Lunatic asylums Central Provinces reports 1895-1909 - 1895-1909
Year: 1895
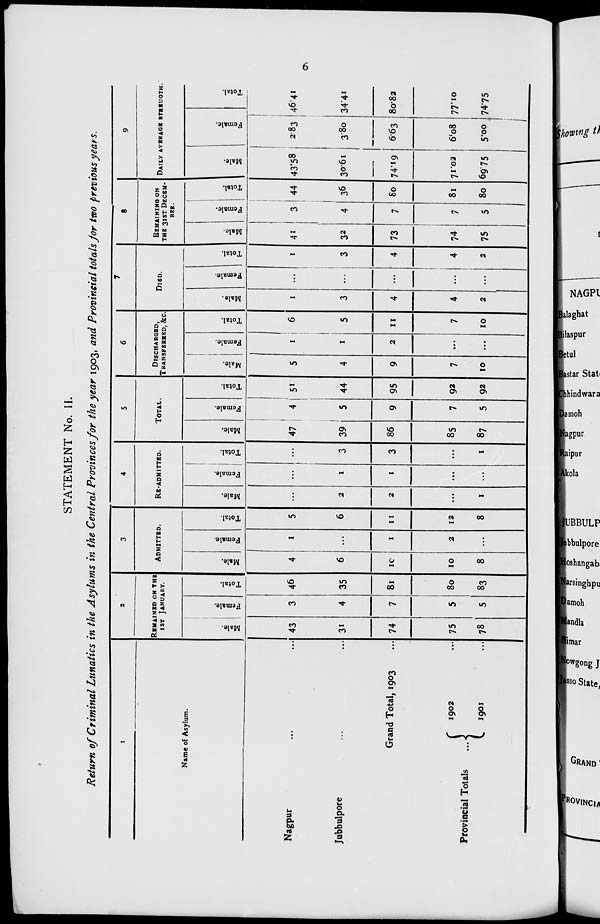
6
STATEMENT No. II.
Return of Criminal Lunatics in the Asylums in the Central Provinces for the year 1903, and Provincial totals for two previous years.
1
Name of Asylum.
Nagpur ... ...
Jubbulpore ... ...
Grand Total, 1903 ...
Provincial Totals
1902 ...
1901 ...
2
REMAINED ON THE
1ST JANUARY.
Male.
43
31
74
75
78
Female.
3
4
7
5
5
Total.
46
35
81
80
83
3
ADMITTED.
Male.
4
6
10
10
8
Female.
1
...
1
2
...
Total.
5
6
11
12
8
4
RE-ADMITTED.
Male.
...
2
2
...
1
Female.
...
1
1
...
...
Total.
...
3
3
...
1
5
TOTAL.
Male.
47
39
86
85
87
Female.
4
5
9
7
5
Total.
51
44
95
92
92
6
DISCHARGED,
TRANSFERRED, &c.
Male.
5
4
9
7
10
Female.
1
1
2
...
...
Total.
6
5
11
7
10
7
DIED.
Male.
1
3
4
4
2
Female.
...
...
...
...
...
Total.
1
3
4
4
2
8
REMAINING ON
THE 31ST DECEM-
---.
Male.
41
32
73
74
75
Female.
3
4
7
7
5
Total.
44
36
80
81
80
9
DAILY AVERAGE STREUGTH.
Male.
43.58
30.61
74.19
71.02
69.75
Female.
2.83
3.80
6.63
6.08
5.00
Total.
46.41
34.41
80.82
77.10
74.75